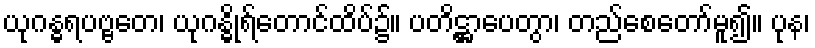
ယုဂန္ဓရပဗ္ဗတေ၊ ယုဂန္ဓိုရ်တောင်ထိပ်၌။ ပတိဋ္ဌာပေတွာ၊ တည်စေတော်မူ၍။ ပုန၊